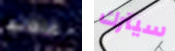
غلطتها سيترك